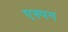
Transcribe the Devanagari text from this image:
एस्पन